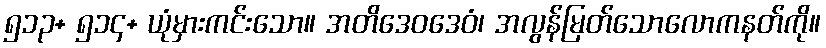
၅၁၃+ ၅၁၄+ ယုံမှားကင်းသော။ အတိဒေဝဒေဝံ၊ အလွန်မြတ်သောလောကနတ်ကို။